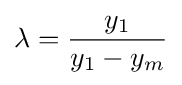
\lambda ={y_{1} \over y_{1}-y_{m}}